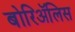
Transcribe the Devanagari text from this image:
बोरिॲलिस